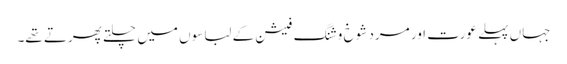
جہاں پہلے عورت اور مرد شوخ و شنگ فیشن کے لباسوں میں چلتے پھرتے تھے۔